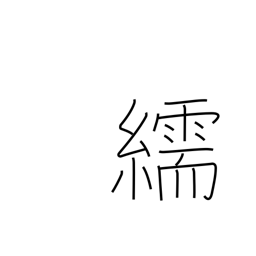
Meaning: satin